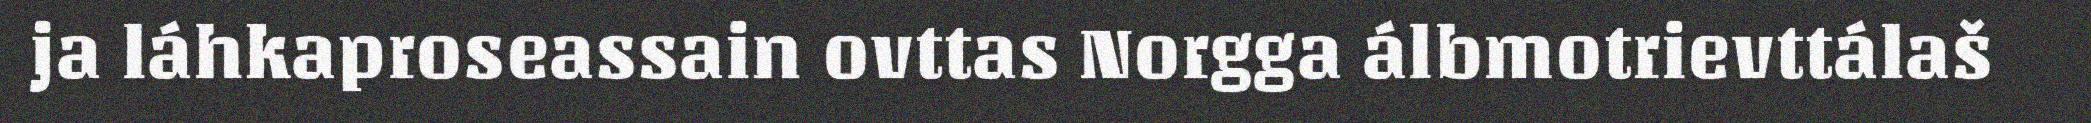
ja láhkaproseassain ovttas Norgga álbmotrievttálaš